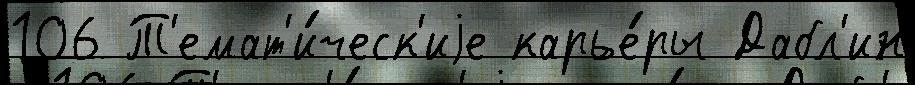
106 Т'емат'и́ческ'иjе карье́ры Дабл'ин